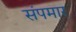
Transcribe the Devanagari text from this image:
संपमार